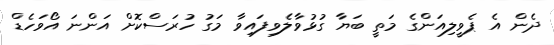
ދެން އެ ޕެވީލިއަންގެ މަތީ ބަޔާ ގުޅުވާލެވިފައިވާ މަގު ހުރަސްކޮށް އަންނަ އޯވަހެޑް